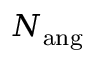
N _ { \mathrm { a n g } }